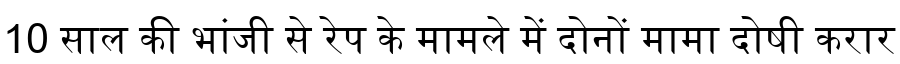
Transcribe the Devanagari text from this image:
10 साल की भांजी से रेप के मामले में दोनों मामा दोषी करार